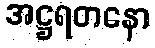
အဋ္ဌရတနော